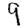
Digit: 9